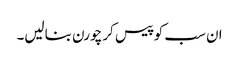
ان سب کو پیس کر چورن بنالیں۔